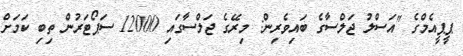
ޕީޕީއެމްގެ "އަސްލު ޖަލްސާގެ ބައިވެރިން: މިރޭގެ ޖަލްސާގައި 12000 ސަޕޯޓަރުން ތިބި ކަމަށް